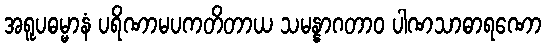
အရူပဓမ္မာနံ ပရိဏာမပကတိတာယ သမန္နာဂတာဝ ပါဏသာဓာရဏော